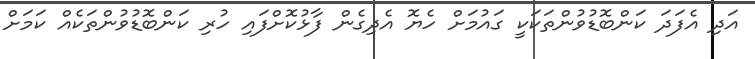
އަދި އެފަދަ ކަންބޮޑުވުންތަކަކީ ގައުމަށް ހެޔޮ އެދިގެން ފާޅުކޮށްފައި ހުރި ކަންބޮޑުވުންތަކެއް ކަމަށް